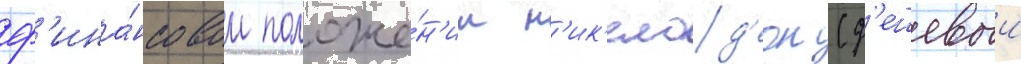
ф'ина́нсовом положе́н'ии н'ик'елод'еон (д'ешевыи